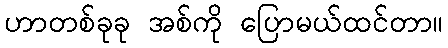
ဟာတစ်ခုခု အစ်ကို ပြောမယ်ထင်တာ။